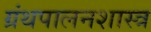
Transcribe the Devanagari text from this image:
ग्रंथपालनशास्त्र